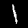
Label: 1